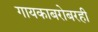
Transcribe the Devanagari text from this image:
गायकाबरोबरही